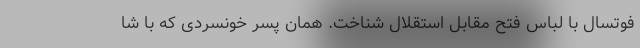
فوتسال با لباس فتح مقابل استقلال شناخت. همان پسر خونسردی که با شا